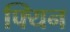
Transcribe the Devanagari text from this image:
फ्यिन